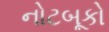
નોટબૂકો